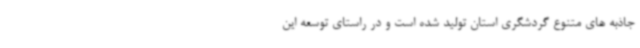
جاذبه های متنوع گردشگری استان تولید شده است و در راستای توسعه این